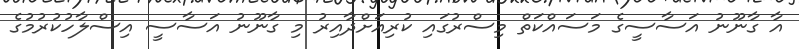
އާ ގާނޫނު އަސާސީގެ މަސައްކަތް މިސްރުގައި ކުރިއަށްދާއިރު މި ގާނޫނު އަސާސީ އިސްލާހުކުރުމުގެ